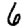
Digit: 6